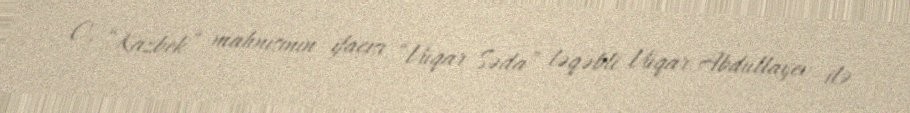
O, “Kazbek” mahnısının ifaçısı “Vüqar Səda” ləqəbli Vüqar Abdullayev ilə